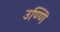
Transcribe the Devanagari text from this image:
उण्णि